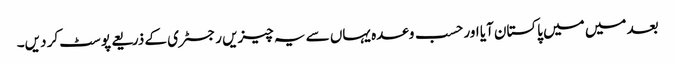
بعد میں میں پاکستان آیا اور حسب وعدہ یہاں سے یہ چیزیں رجسٹری کے ذریعے پوسٹ کر دیں۔